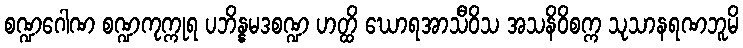
စဏ္ဍဂေါဏ စဏ္ဍကုက္ကုရ ပဘိန္နမဒစဏ္ဍ ဟတ္ထိ ဃောရအာသီဝိသ အသနိဝိစက္က သုသာနရဏဘူမိ